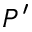
P ^ { \prime }